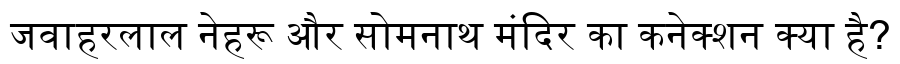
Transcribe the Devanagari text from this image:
जवाहरलाल नेहरू और सोमनाथ मंदिर का कनेक्शन क्या है?